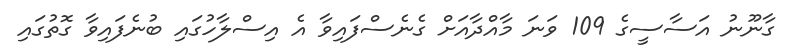
ގާނޫނު އަސާސީގެ 109 ވަނަ މާއްދާއަށް ގެނެސްފައިވާ އެ އިސްލާހުގައި ބުނެފައިވާ ގޮތުގައި